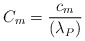
\begin{align*}C_m = \frac{c_m}{(\lambda_P)}\end{align*}